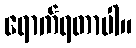
ရောက်ရတာပါ။